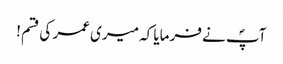
آپؐ نے فرمایا کہ میری عمر کی قسم !